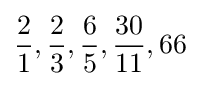
{\frac {2}{1}},{\frac {2}{3}},{\frac {6}{5}},{\frac {30}{11}},66